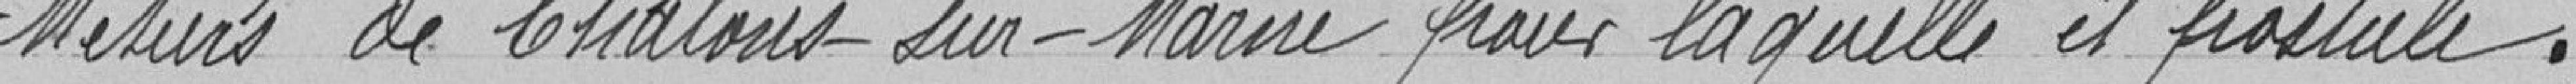
Métiers de Châlons-sur-Marne pour laquelle il postule.